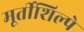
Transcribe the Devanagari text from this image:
मूर्तीशिल्पे